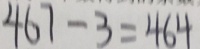
4 6 7 - 3 = 4 6 4